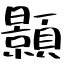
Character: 顥